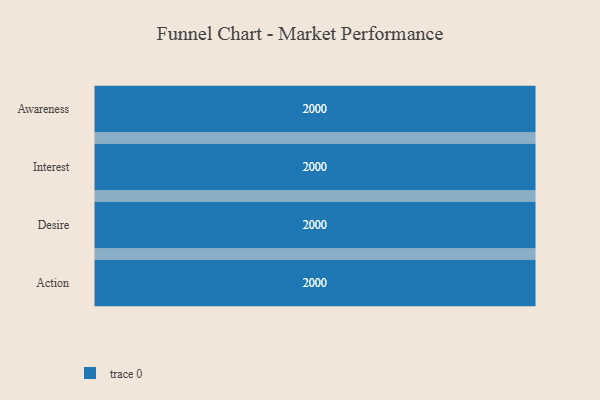
{"axis": {"x": "Stage", "y": "Value"}, "legend": [""], "data": [{"x": "Awareness", "y": 2000, "type": ""}, {"x": "Interest", "y": 2000, "type": ""}, {"x": "Desire", "y": 2000, "type": ""}, {"x": "Action", "y": 2000, "type": ""}]}